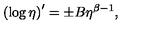
\left( \log \eta \right) ^ { \prime } = \pm B \eta ^ { \beta - 1 } ,